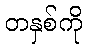
တနှစ်ကို